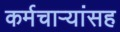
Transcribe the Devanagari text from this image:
कर्मचाऱ्यांसह